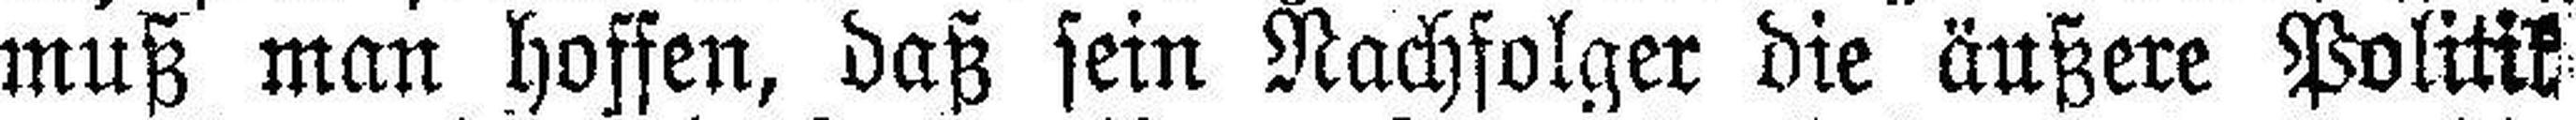
muß man hoffen, daß sein Nachfolger die äußere Politik